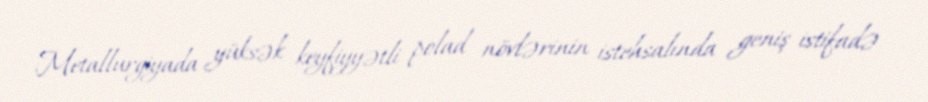
Metallurgiyada yüksək keyfiyyətli polad növlərinin istehsalında geniş istifadə